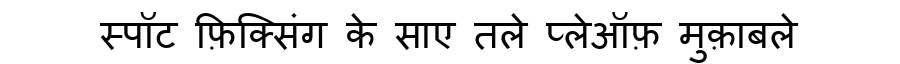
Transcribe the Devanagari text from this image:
स्पॉट फ़िक्सिंग के साए तले प्लेऑफ़ मुक़ाबले